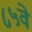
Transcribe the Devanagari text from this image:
८५वे